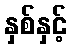
နှစ်နှင့်